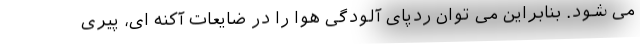
می شود. بنابراین می توان ردپای آلودگی هوا را در ضایعات آکنه ای، پیری